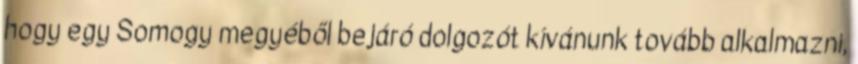
hogy egy Somogy megyéből bejáró dolgozót kívánunk tovább alkalmazni,